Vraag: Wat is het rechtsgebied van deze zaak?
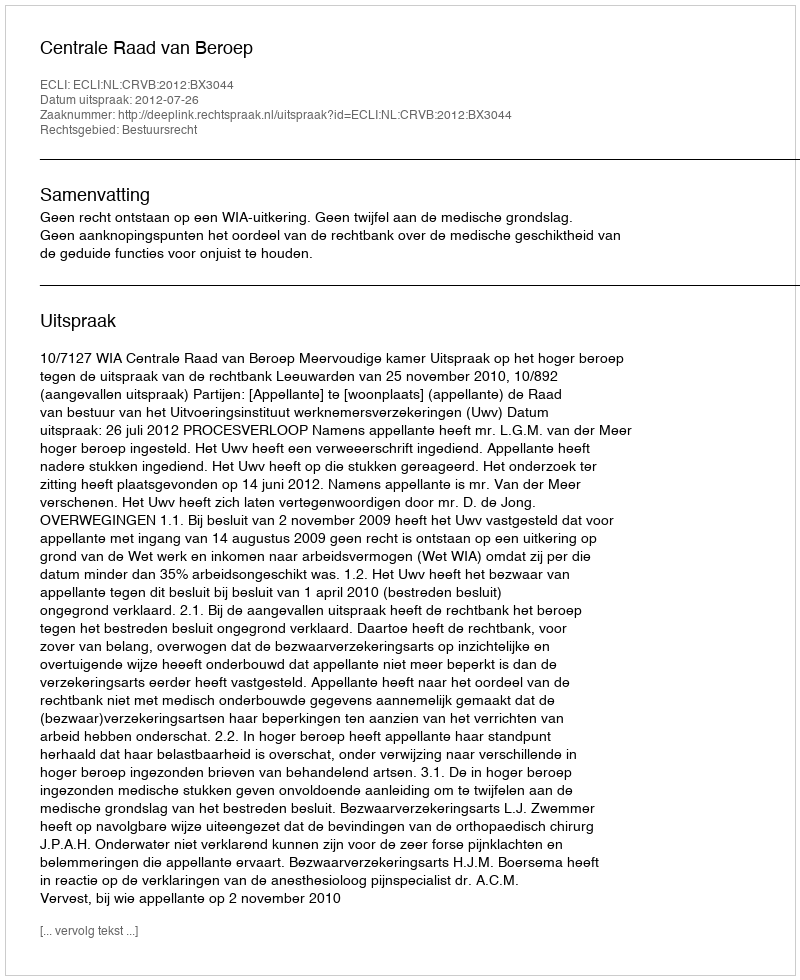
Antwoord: Bestuursrecht